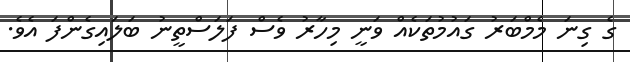
ގެ ގިނަ މެމްބަރު ގައުމުތަކެއް ވަނީ މިހާރު ވެސް ފަލަސްތީނު ބަލައިގެންފަ އެވެ.